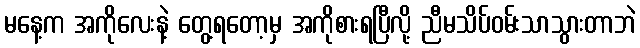
မနေ့က အကိုလေးနဲ့ တွေ့ရတော့မှ အကိုစားရပြီလို့ ညီမသိပ်ဝမ်းသာသွားတာဘဲ